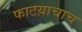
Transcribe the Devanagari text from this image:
फाटय़ाचाच